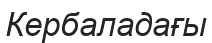
Кербаладағы